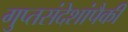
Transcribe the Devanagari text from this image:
गुप्तसंदेशांपैकी